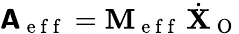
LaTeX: \boldsymbol{\mathsf{A}}_{\mathrm{~e~f~f~}}=\mathbf{M}_{\mathrm{~e~f~f~}}\, \dot{\mathbf{X}}_{\mathrm{~O~}}